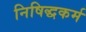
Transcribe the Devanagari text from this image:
निषिद्धकर्म